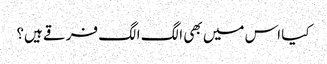
کیا اس میں بھی الگ الگ فرقے ہیں؟